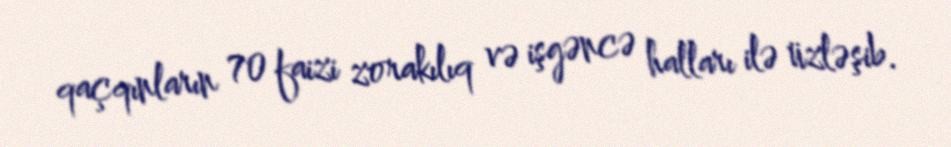
qaçqınların 70 faizi zorakılıq və işgəncə halları ilə üzləşib.